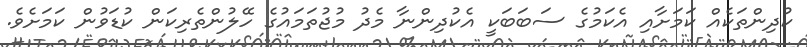
ކުދިންތަކެއް ކަމަށާއި އެކަމުގެ ސަބަބަކީ އެކުދިންނާ މެދު މުޖުތަމައުގެ ހޭލުންތެރިކަން ކުޑަވުން ކަމަށެވެ.